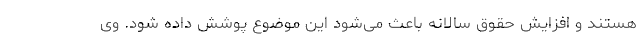
هستند و افزایش حقوق سالانه باعث می‌شود این موضوع پوشش داده شود. وی